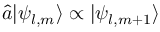
\hat { a } | \psi _ { l , m } \rangle \propto | \psi _ { l , m + 1 } \rangle